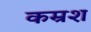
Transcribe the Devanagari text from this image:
कम्रश